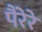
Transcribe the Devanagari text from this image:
पैरेरे